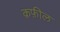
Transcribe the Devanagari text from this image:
क़फ़ील